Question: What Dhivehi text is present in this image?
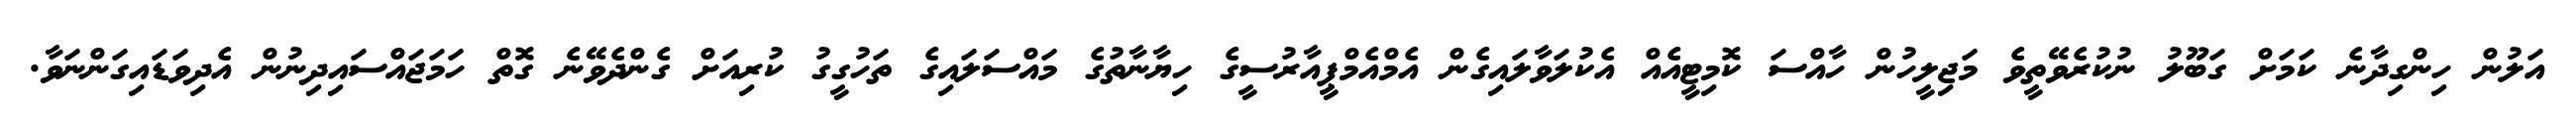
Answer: އަލުން ހިންގިދާނެ ކަމަށް ގަބޫލު ނުކުރެވޭތީވެ މަޖިލީހުން ހާއްސަ ކޮމިޓީއެއް އެކުލަވާލައިގެން އެމްއެމްޕީއާރުސީގެ ހިޔާނާތުގެ މައްސަލައިގެ ތަހުގީގު ކުރިއަށް ގެންދެވޭނެ ގޮތް ހަމަޖައްސައިދިނުން އެދިވަޑައިގަންނަވާ.